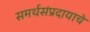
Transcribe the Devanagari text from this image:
समर्थसंप्रदायाचे